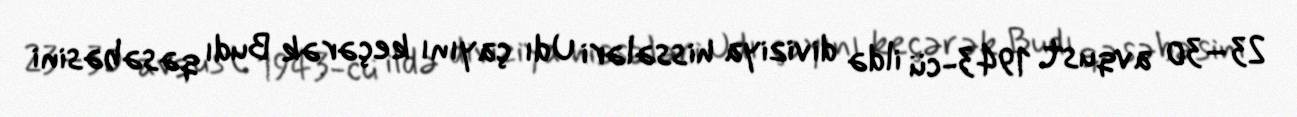
23–30 avqust 1943-cü ildə diviziya hissələri Udı çayını keçərək Budı qəsəbəsini